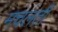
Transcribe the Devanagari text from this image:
मचलती